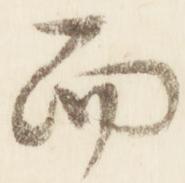
而